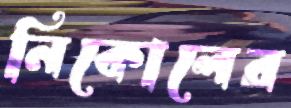
নিকোলের